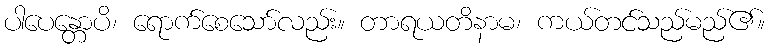
ပါပေန္တောပိ၊ ရောက်စေသော်လည်း။ တာရယတိနာမ၊ ကယ်တင်သည်မည်၏။